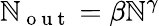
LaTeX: \mathbb{N}_{\mathrm{{~o~u~t~}}}=\beta\mathbb{N}^{\gamma}